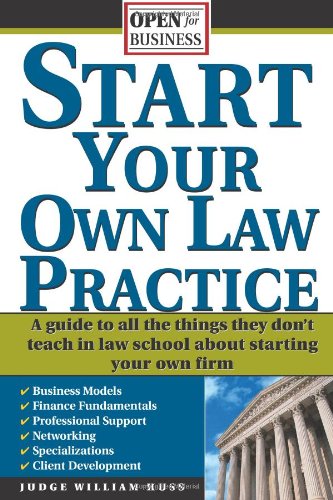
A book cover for Start Your Own Law Practice: A Guide to All the Things They Don't Teach in Law School about Starting Your Own Firm (Open for Business); Judge Huss; Education & Teaching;